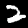
Digit: 2